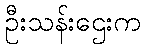
ဦးသန်းဌေးက